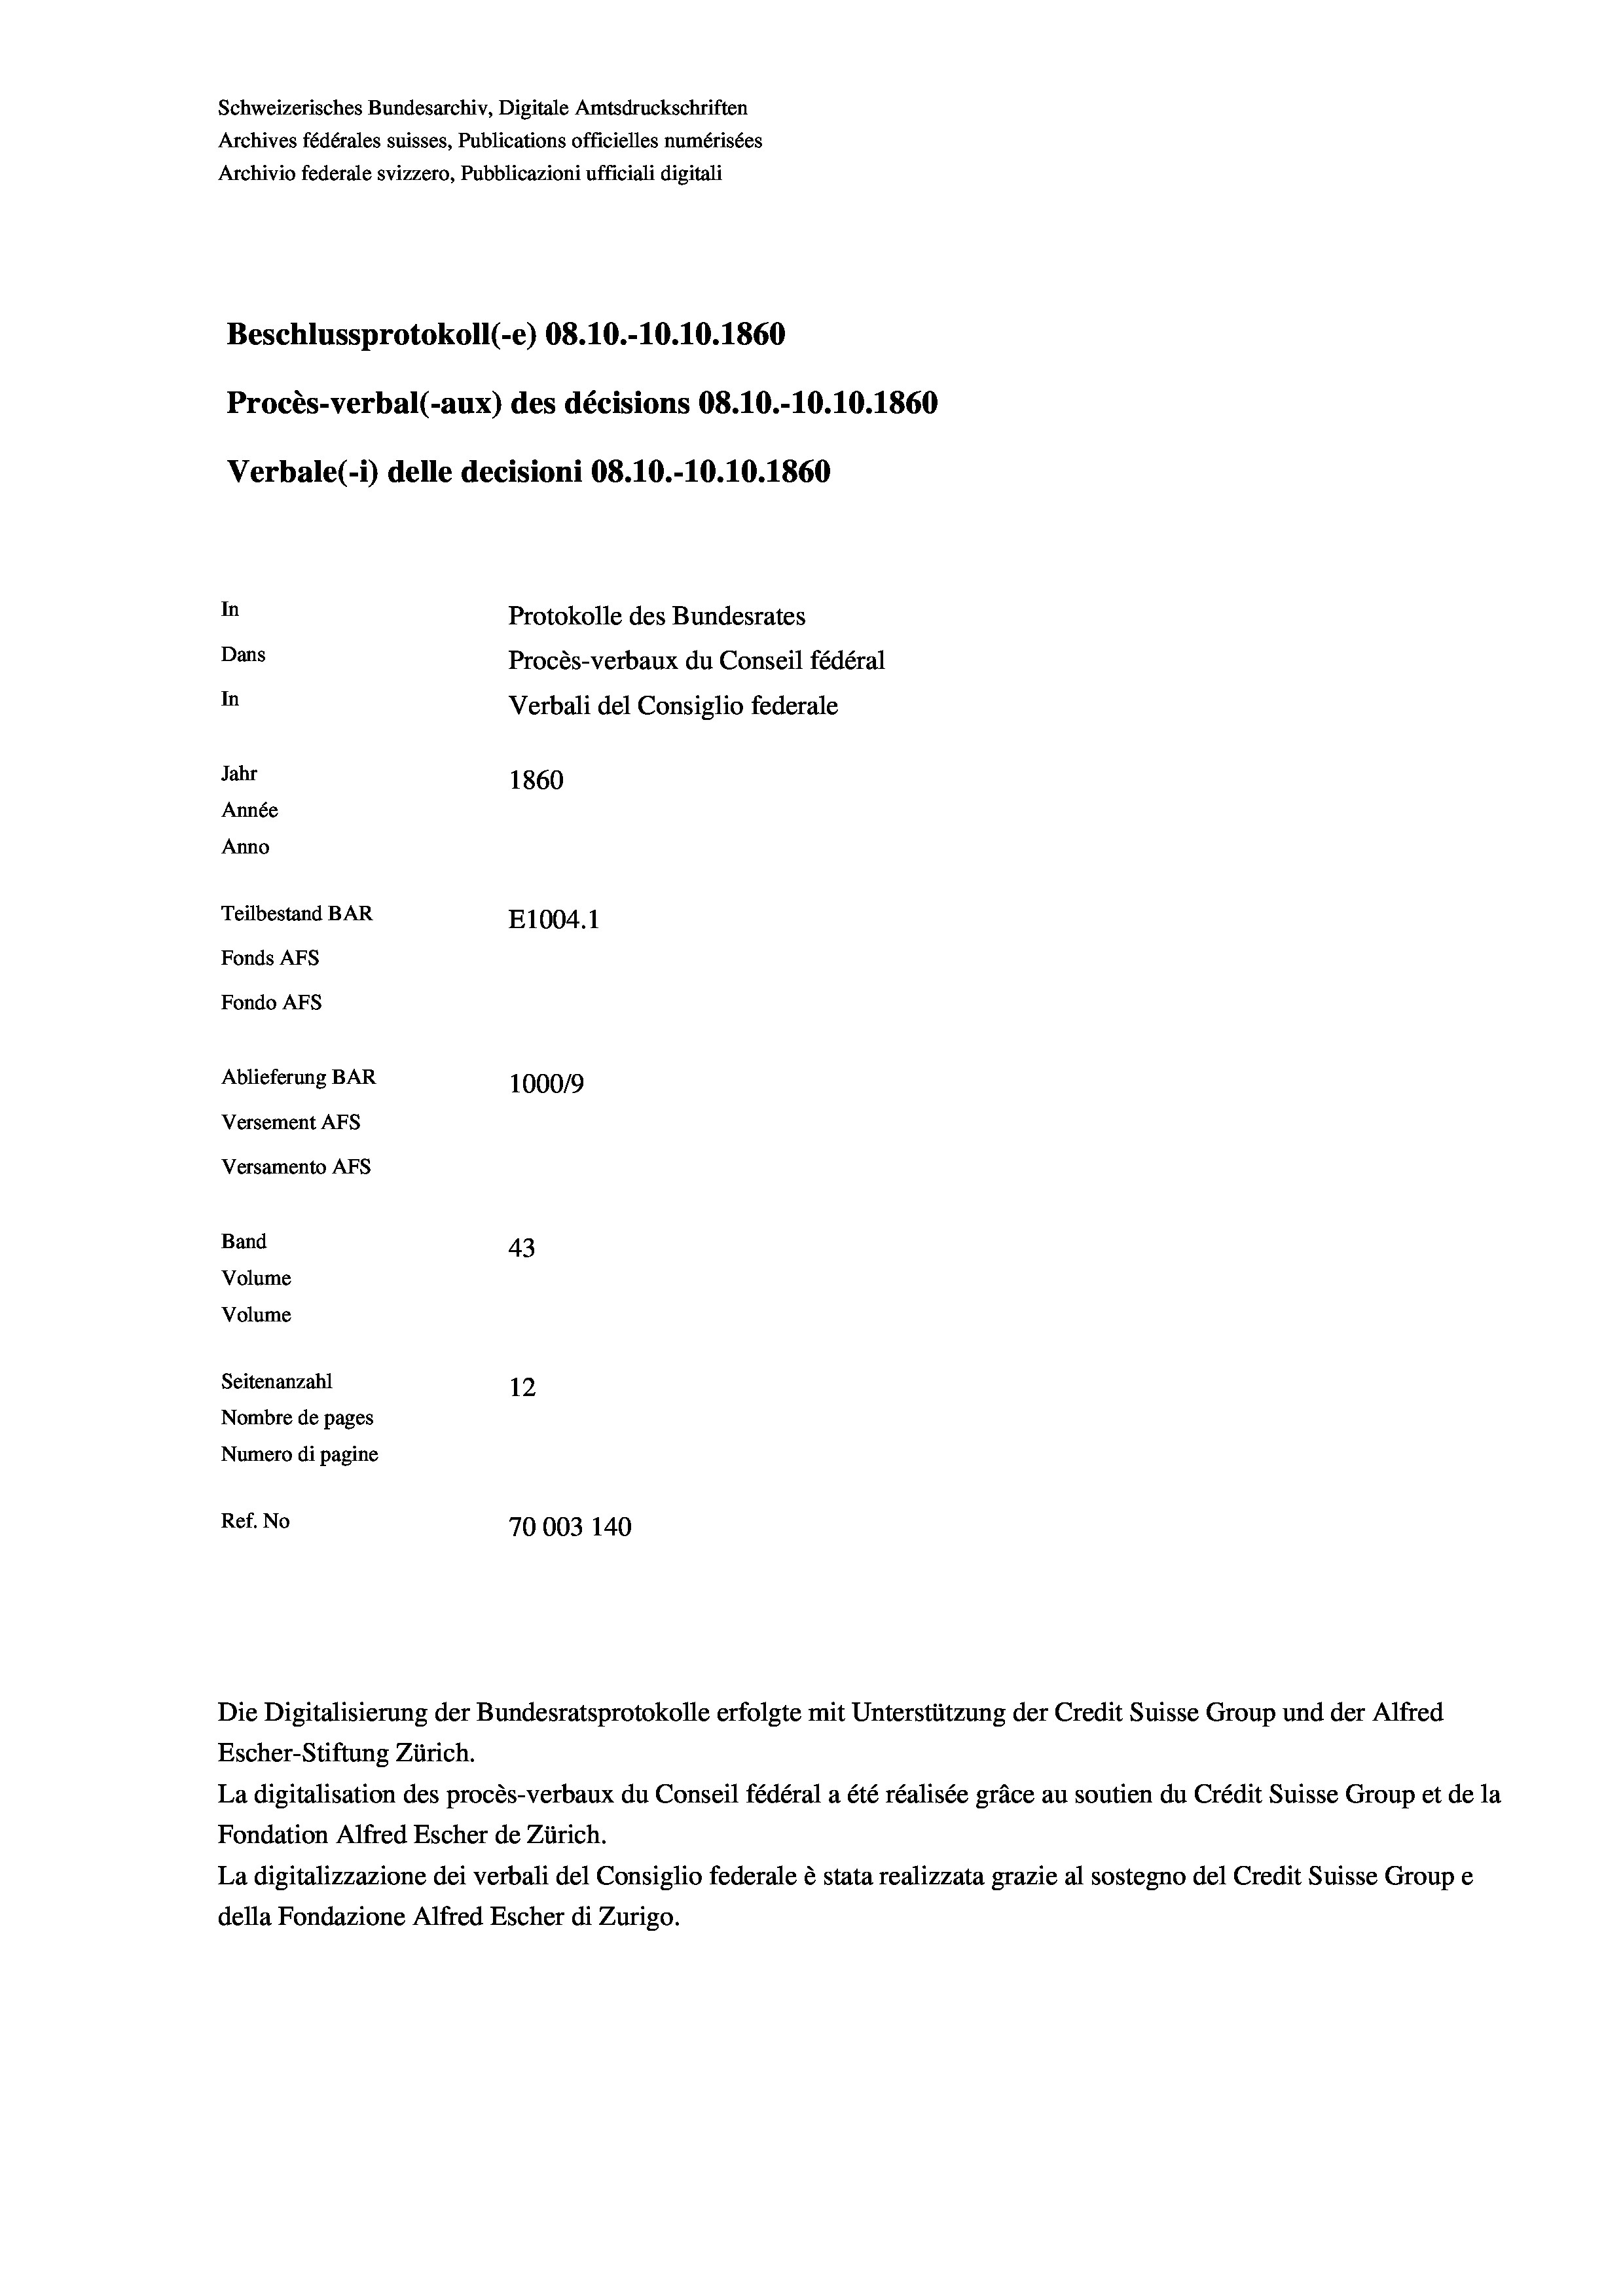
Schweizerisches Bundesarchiv, Digitale Amtsdruckschriften
Archives fédérales suisses, Publications officielles numérisées
Archivio federale svizzero, Pubblicazioni ufficiali digitali
Beschlussprotokoll (-e) 08.10.-10.10.1860
Procès-verbal (-aux) des décisions 08.10.-10.10.1860
Verbale (i) delle decisioni 08.10.-10.10.1860
In
Protokolle des Bundesrates
Dans
Procès-verbaux du Conseil fédéral
In
Verbali del Consiglio federale
Jahr
1860
Année
Anno
Teilbestand BAR
E1004. 1
Fonds AFs
Fondo Afs
Ablieferung BAR
100019
Versement AFs
Versamento Afs

43
Seitenanzahl
12
Nombre de pages
Numero di pagine
Ref. No
70003 140

Band
Volume
Volume

La digitalisation des procès-verbaux du Conseil fédéral a été réalisée gräce au soutien du Crédit Suisse Group et de la
Fondation Alfred Escher de Zürich.
La digitalizzazione dei verbali del Consiglio federale è stata realizzata grazie al sostegno del Credit Suisse Groupe
della Fondazione Alfred Escher di Zurigo.

Escher-Stiftung Zürich.

Die Digitalisierung der Bundesratsprotokolle erfolgte mit Unterstützung der Credit Suisse Group und der Alfred